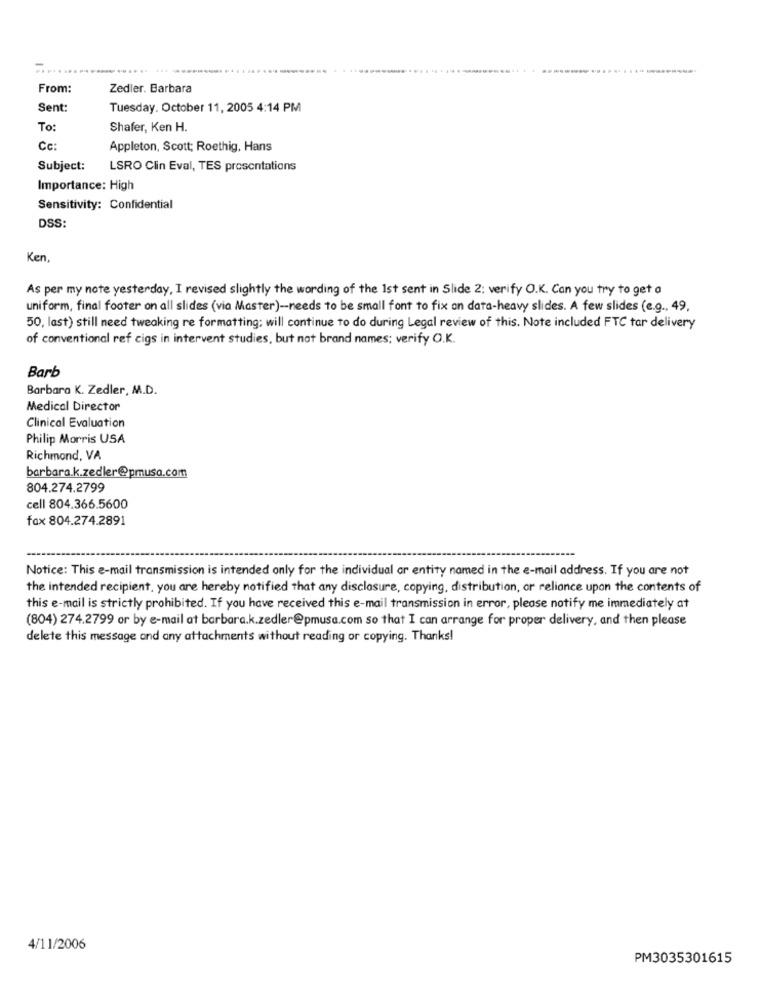
From:
Zedler. Barbara
Sent:
Tuesday, October 11, 2005 4:14 PM
To:
Shafer, Ken H.
Cc:
Appleton, Scott; Roethig, Hans
Subject:
LSRO Clin Eval, TES presentations
Importance: High
Sensitivity: Confidential
DSS:
Ken
As per my note yesterday, I revised slightly the wording of the 1st sent in Slide 2; verify O.K. Can you try to get a
uniform, final footer on all slides (via Master) -- needs to be small font to fix an data-heavy slides. A few slides (e.g ., 49,
50, last) still need tweaking re formatting: will continue to do during Legal review of this. Note included FTC tar delivery
of conventional ref cigs in intervent studies, but not brand names; verify O.K.
Barb
Barbara K. Zedler, M.D.
Medical Director
Clinical Evaluation
Philip Morris USA
Richmond, VA
barbara.k.zedler@pmusa.com
804.274.2799
cell 804.366.5600
fax 804.274.2891
Notice: This e-mail transmission is intended only for the individual or entity named in the e-mail address. If you are not
the intended recipient, you are hereby notified that any disclosure, copying, distribution, or reliance upon the contents of
this e-mail is strictly prohibited. If you have received this e-mail transmission in error, please notify me immediately at
(804) 274.2799 or by e-mail at barbara.k.zedler@pmusa.com so that I can arrange for proper delivery, and then please
delete this message and any attachments without reading or copying. Thanks!
4/11/2006
PM3035301615